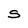
Character: S